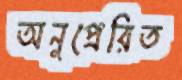
অনুপ্রেরিত